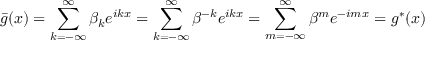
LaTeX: \bar { g } ( x ) = \sum _ { k = - \infty } ^ { \infty } \beta _ { k } e ^ { i k x } = \sum _ { k = - \infty } ^ { \infty } \beta ^ { - k } e ^ { i k x } = \sum _ { m = - \infty } ^ { \infty } \beta ^ { m } e ^ { - i m x } = g ^ { * } ( x )